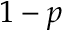
1 - p